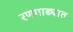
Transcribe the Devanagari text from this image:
रणगाड्यात